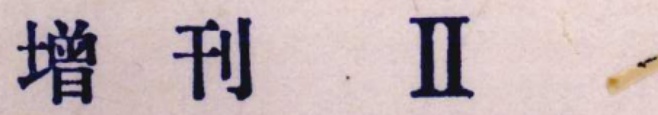
增刊 II